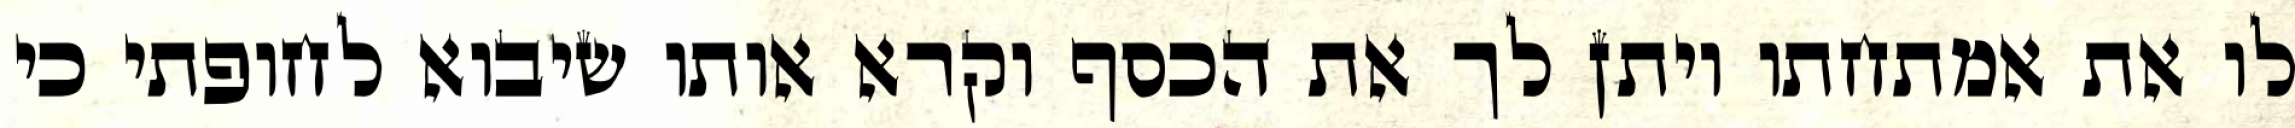
לו את אמתחתו ויתן לך את הכסף וקרא אותו שיבוא לחופתי כי